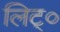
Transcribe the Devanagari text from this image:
लिट्०